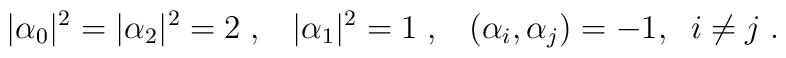
|\alpha_0|^2 = |\alpha_2|^2 = 2\;,\;\;\;  |\alpha_1|^2 = 1\;,\;\;\;  (\alpha_i,\alpha_j) = -1,\;\; i \neq j\;.